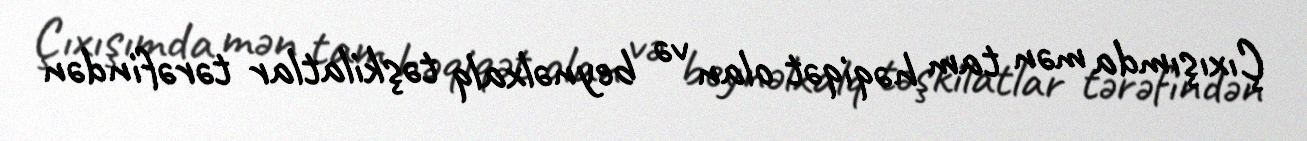
Çıxışımda mən tam həqiqət olan və beynəlxalq təşkilatlar tərəfindən